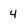
Character: 4